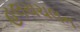
હલચચલન